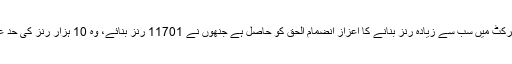
پاکستان کی جانب سے 50 اوورز کی بین الاقوامی کرکٹ میں سب سے زیادہ رنز بنانے کا اعزاز انضمام الحق کو حاصل ہے جنھوں نے 11701 رنز بنائے، وہ 10 ہزار رنز کی حد عبور کرنے والے پاکستان کے واحد کھلاڑی بھی ہیں۔